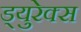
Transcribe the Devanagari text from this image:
ड्युरेक्स